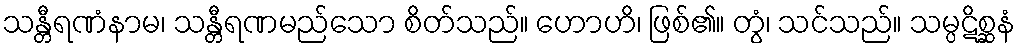
သန္တီရဏံနာမ၊ သန္တီရဏမည်သော စိတ်သည်။ ဟောဟိ၊ ဖြစ်၏။ တွံ၊ သင်သည်။ သမ္ပဋိစ္ဆနံ